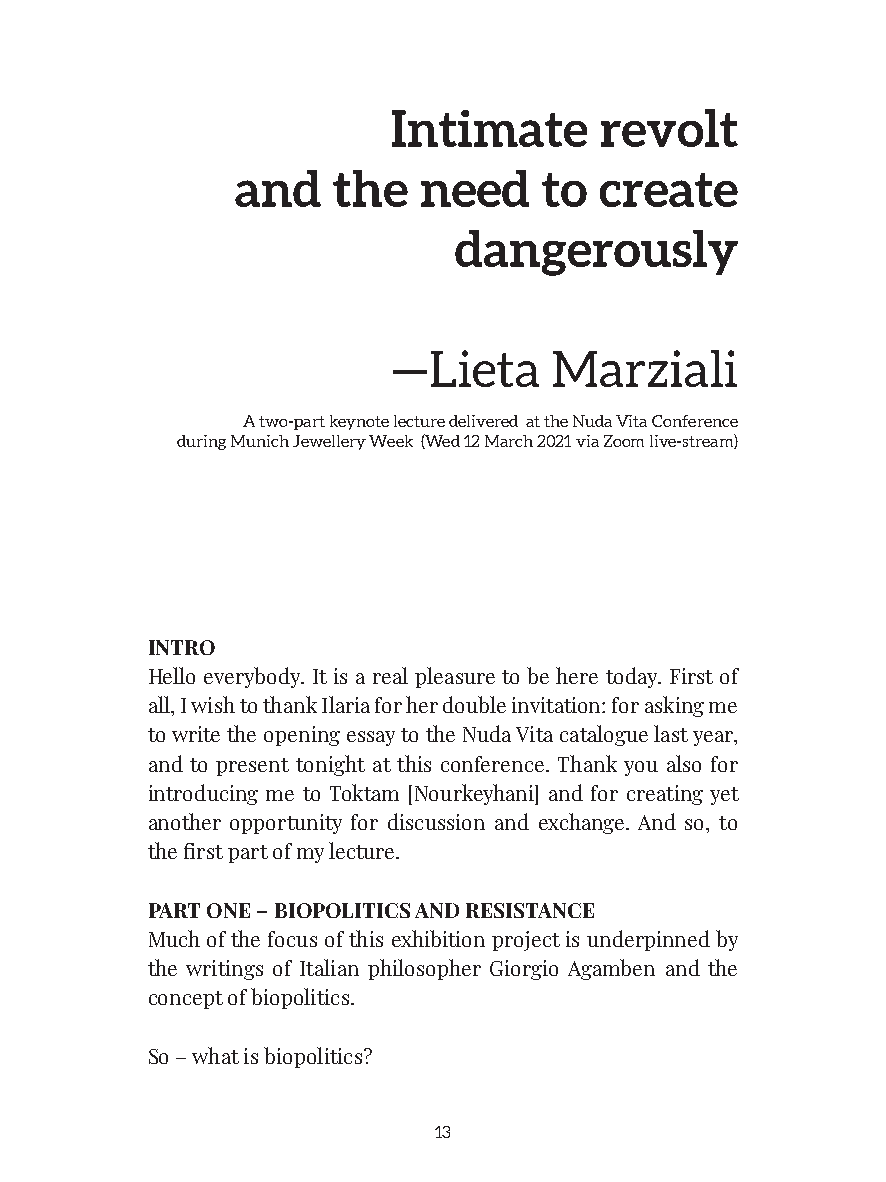
Intimate      revolt
 and   the   need    to  create
 dangerously
 —Lieta    Marziali
 A two-part keynote lecture delivered at the Nuda Vita Conference
 during Munich Jewellery Week (Wed 12 March 2021 via Zoom live-stream)
 INTRO
 Hello everybody. It is a real pleasure to be here today. First of
 all, I wish to thank Ilaria for her double invitation: for asking me
 to write the opening essay to the Nuda Vita catalogue last year,
 and to present tonight at this conference. Thank you also for
 introducing me to Toktam [Nourkeyhani] and for creating yet
 another opportunity for discussion and exchange. And so, to
 the first part of my lecture.
 PART ONE – BIOPOLITICS AND RESISTANCE
 Much of the focus of this exhibition project is underpinned by
 the writings of Italian philosopher Giorgio Agamben and the
 concept of biopolitics.
 So – what is biopolitics?
 13